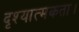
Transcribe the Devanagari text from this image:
दृश्यात्मकता।